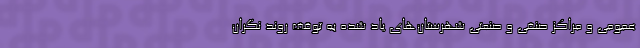
عمومی و مراکز صنفی و صنعتی شهرستان‌های یاد شده به توقف روند نگران